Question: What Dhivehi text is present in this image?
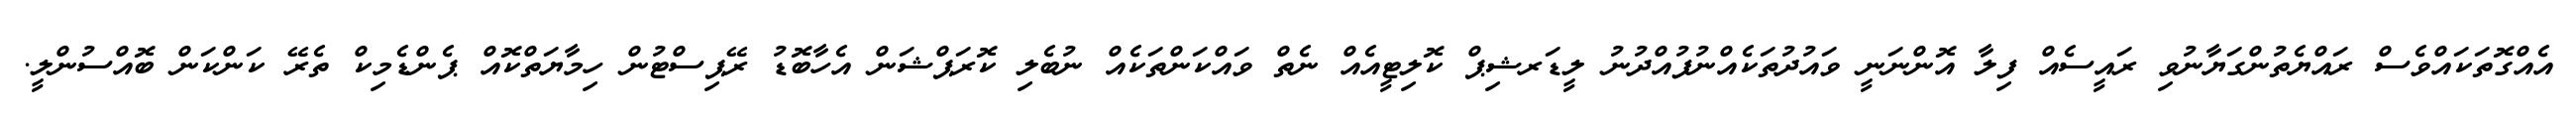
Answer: އެއްގޮތަކައްވެސް ރައްޔެތުންގަޔާނުވި ރައީސެއް ފިލާ އޮންނަނީ ވައުދުތަކެއްނުފުއްދުނު ލީޑަރޝިޕް ކޮލިޓީއެއް ނެތް ވައްކަންތަކެއް ނުބެލި ކޮރަޕްޝަން އެހާބޮޑު ރޭޕިސްޓުން ހިމާޔަތްކޮއް ޕެންޑެމިކް ތެރޭ ކަންކަން ބޮއްސުންލީ.